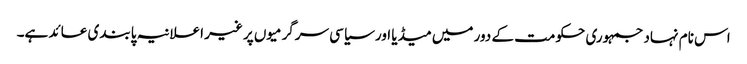
اس نام نہاد جمہوری حکومت کے دور میں میڈیا اور سیاسی سرگرمیوں پر غیر اعلانیہ پابندی عائد ہے۔